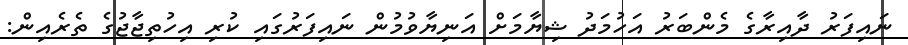
ނައިފަރު ދާއިރާގެ މެންބަރު އަހުމަދު ޝިޔާމަށް އަނިޔާވުމުން ނައިފަރުގައި ކުރި އިހުތިޖާޖުގެ ތެރެއިން: